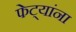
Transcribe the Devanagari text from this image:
फेट्यांना